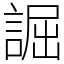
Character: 誳